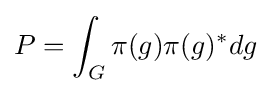
P=\int _{G}\pi (g)\pi (g)^{*}dg